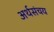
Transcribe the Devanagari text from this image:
अर्थसंचय